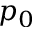
p _ { 0 }